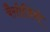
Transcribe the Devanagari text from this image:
बैसोलियो